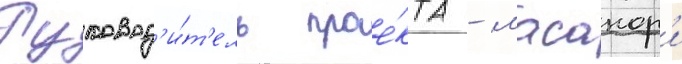
Руковод'и́т'ель прое́кта - масанор'и